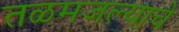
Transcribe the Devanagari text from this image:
तळमजल्याचे